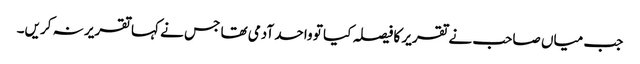
جب میاں صاحب نے تقریر کا فیصلہ کیا تو واحد آدمی تھا جس نے کہا تقریر نہ کریں۔